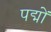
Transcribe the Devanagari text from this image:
पद्मों